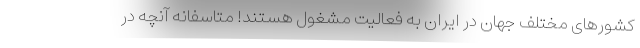
کشورهای مختلف جهان در ایران به فعالیت مشغول هستند! متاسفانه آنچه در